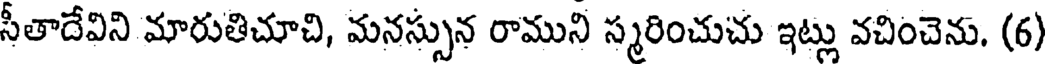
సీతాదేవిని మారుతిచూచి, మనస్సున రాముని స్మరించుచు ఇట్లు వచించెను. (6)